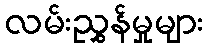
လမ်းညွှန်မှုများ